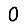
Digit: 0